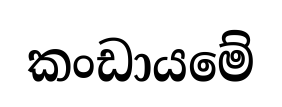
කංඩායමේ